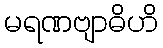
မရဏဗျာဓိဟိ